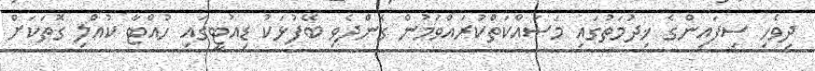
ދިވެހި ސިފައިންގެ ޚިދުމަތުގައި މަސައްކަތްކުރައްވަމުން ގެންދެވި ބޭފުޅަކު ޑިއުޓީގައި ހުއްޓާ ކުއްލި ގޮތަކަށް